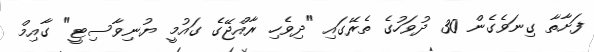
ފަށާތާ ގިނަވެގެން 30 ދުވަހުގެ ތެރޭގައި "ދިވެހި ރާއްޖޭގެ ގައުމީ ޔުނިވާސިޓީ" ގާއިމް